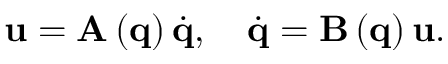
\mathbf { u } = \mathbf { A } \left( \mathbf { q } \right) \dot { \mathbf { q } } , \ \ \ \dot { \mathbf { q } } = \mathbf { B \left( \mathbf { q } \right) u } .